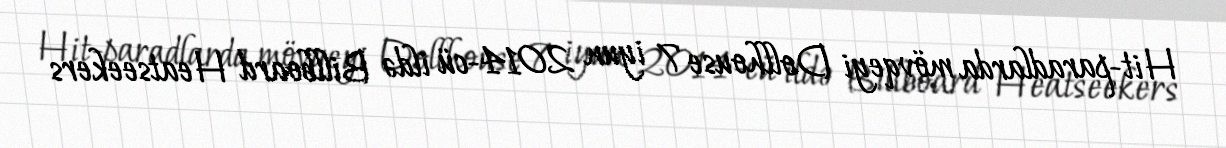
Hit-paradlarda mövqeyi Dollhouse 7 iyun 2014-cü ildə Billboard Heatseekers